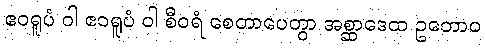
ဧဝရူပံ ဝါ ဧဝရူပံ ဝါ စီဝရံ စေတာပေတွာ အစ္ဆာဒေထ ဥဘောဝ